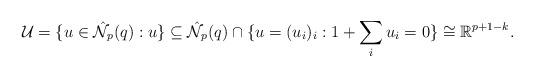
LaTeX: \begin{align*} \mathcal{U}=\{u\in\hat{\mathcal{N}}_p(q):u\}\subseteq\hat{\mathcal{N}}_p(q)\cap\{u=(u_i)_i:1+\sum_iu_i=0\}\cong\mathbb{R}^{p+1-k}.\end{align*}